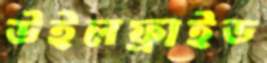
উইলফ্রাইড